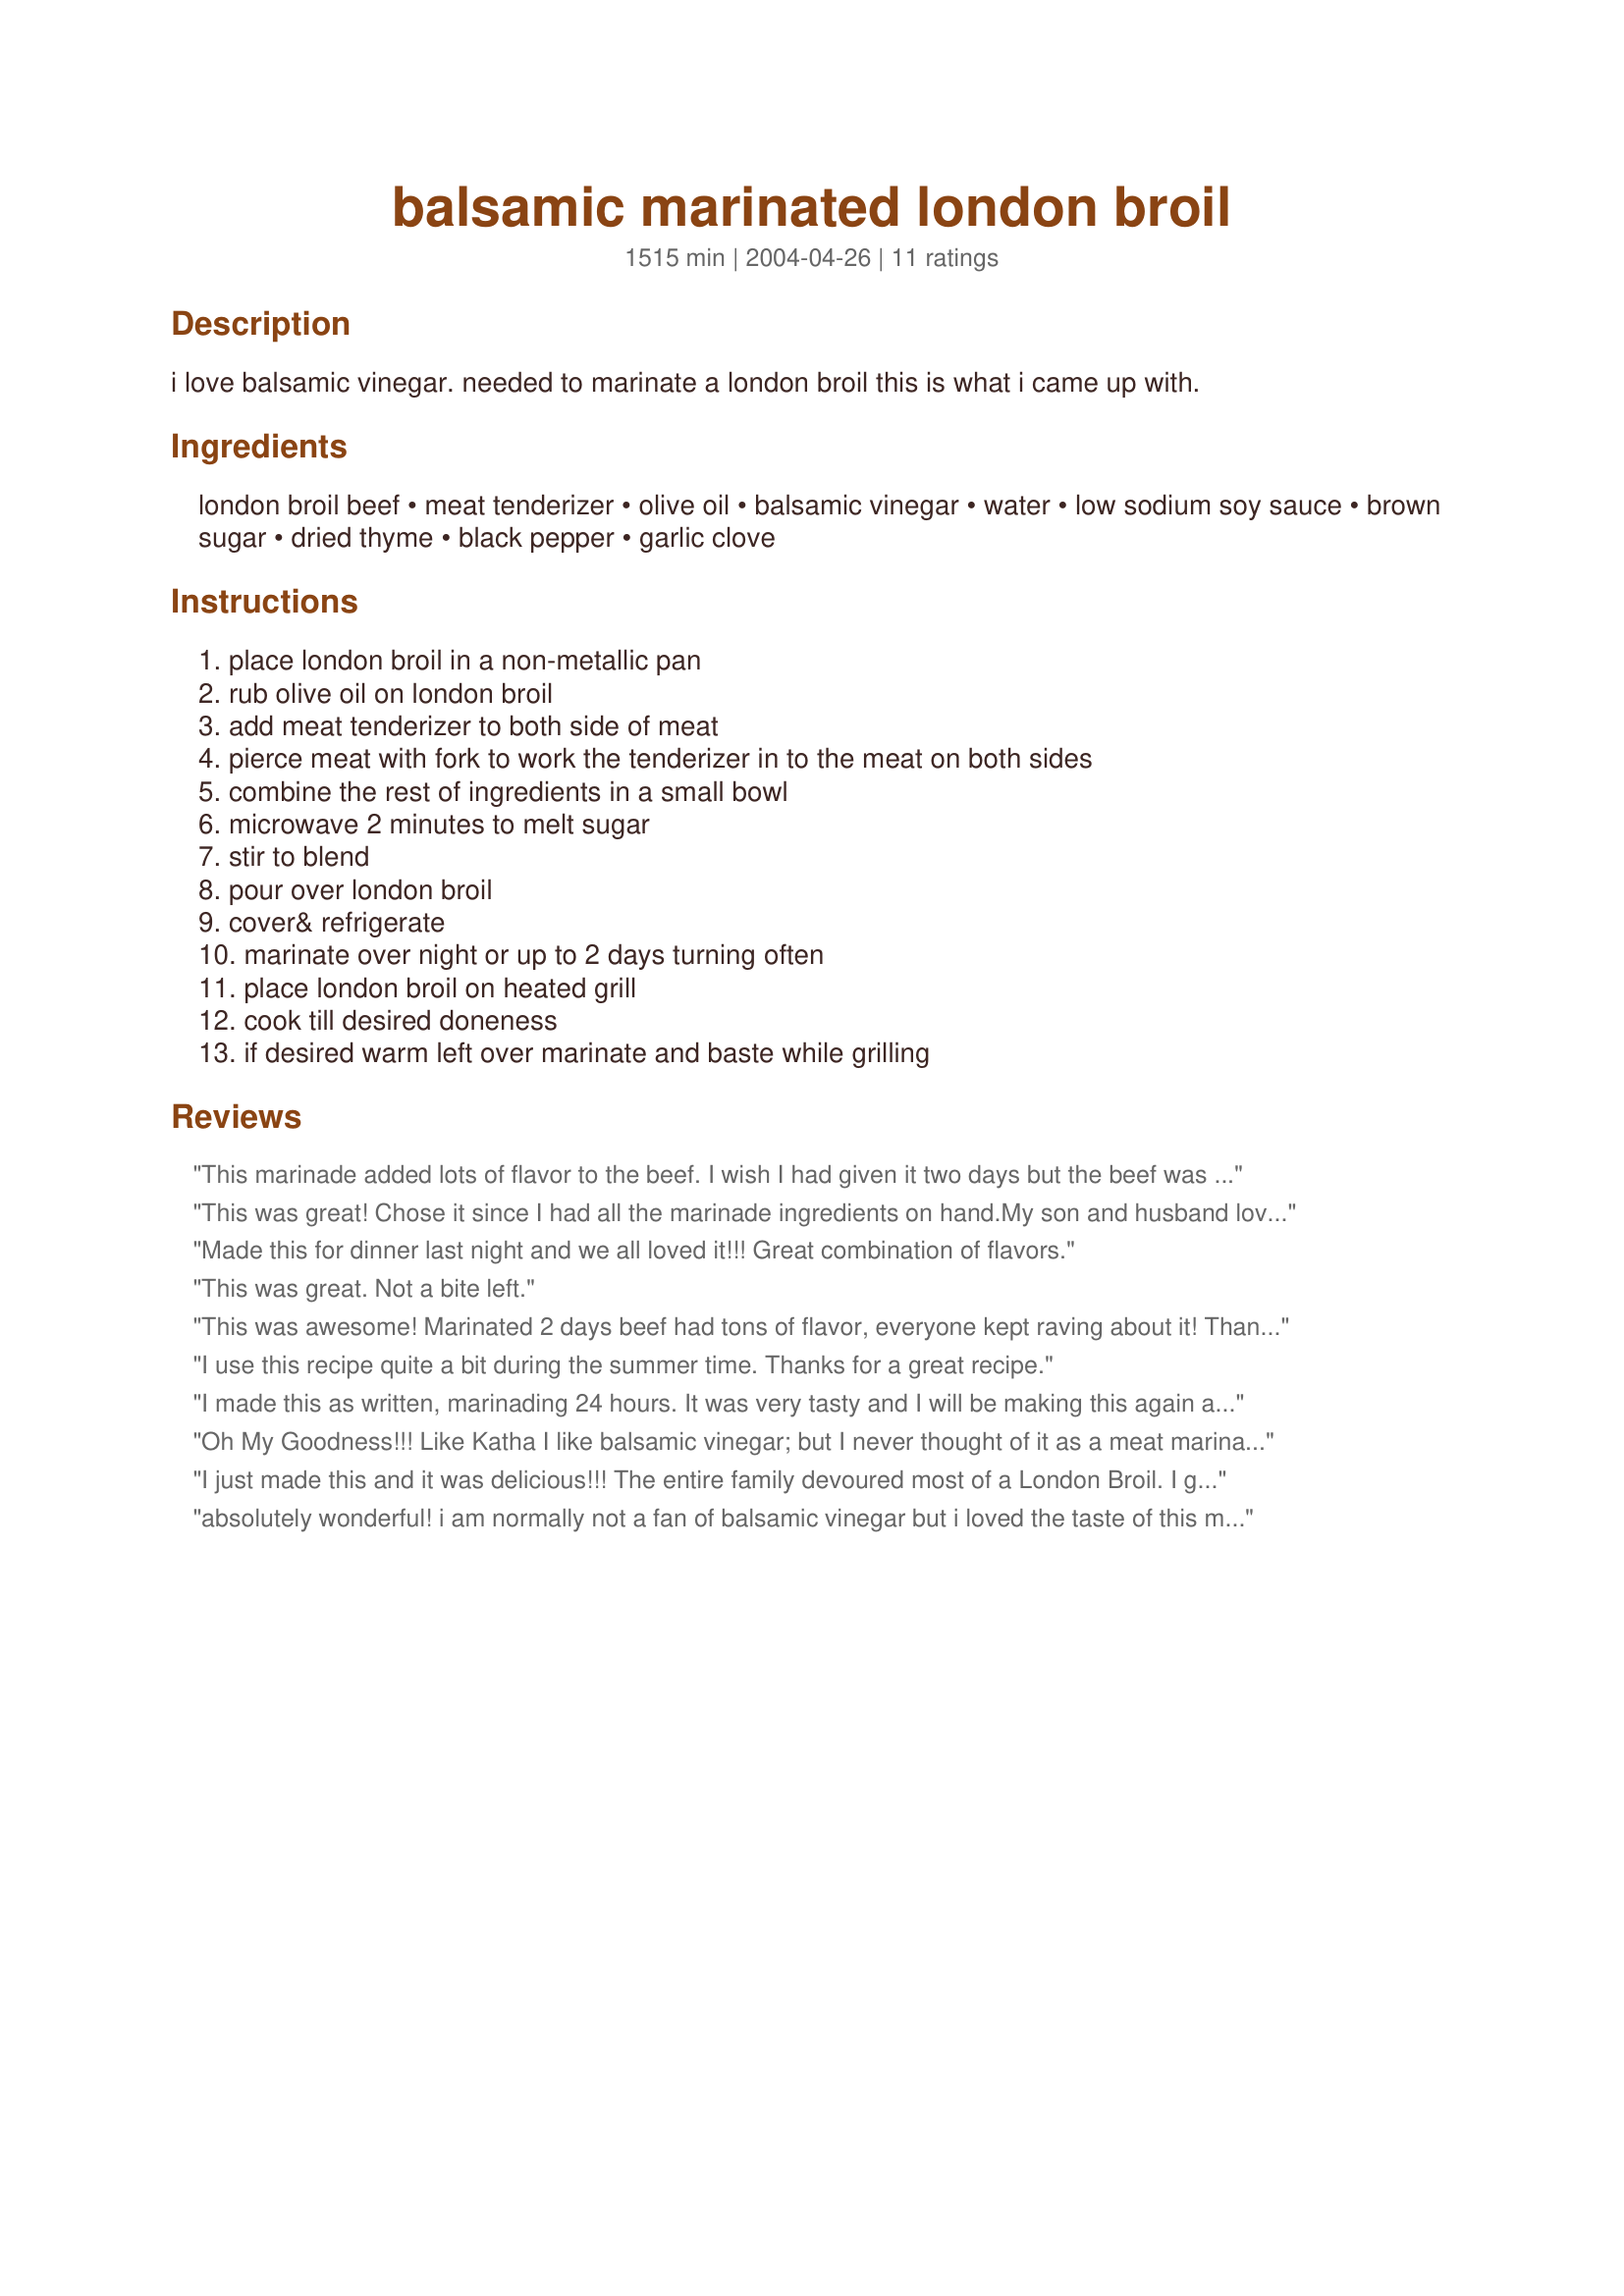
balsamic marinated london broil
Preparation time: 1515 minutes

i love balsamic vinegar. needed to marinate a london broil this is what i came up with.

Ingredients:
london broil beef, meat tenderizer, olive oil, balsamic vinegar, water, low sodium soy sauce, brown sugar, dried thyme, black pepper, garlic clove

Steps:
place london broil in a non-metallic pan, rub olive oil on london broil, add meat tenderizer to both side of meat, pierce meat with fork to work the tenderizer in to the meat on both sides, combine the rest of ingredients in a small bowl, microwave 2 minutes to melt sugar, stir to blend, pour over london broil, cover& refrigerate, marinate over night or up to 2 days turning often, place london broil on heated grill, cook till desired doneness, if desired warm left over marinate and baste while grilling

Reviews:
This marinade added lots of flavor to the beef. I wish I had given it two days but the beef was so tasty that it was fine. I will be using this recipe again! I grilled about 10 minutes per side and was very pleased with the results.
This was great! Chose it since I had all the marinade ingredients on hand.My son and husband loved it. Leftovers also make a delicious sandwich. Didn't change a thing.
Made this for dinner last night and we all loved it!!! Great combination of flavors.
This was great. Not a bite left.
This was awesome! Marinated 2 days beef had tons of flavor, everyone kept raving about it! Thanks for sharing. This is a keeper!
I use this recipe quite a bit during the summer time. Thanks for a great recipe.
I made this as written, marinading 24 hours. It was very tasty and I will be making this again and again.
Oh My Goodness!!! Like Katha I like balsamic vinegar; but I never thought of it as a meat marinade. I couldn't grill the day I wanted, so I tossed it into a toaster oven and it turned great - the left overs the next day made a tasty addition to a big green salad for lunch for a gang!
I just made this and it was delicious!!! The entire family devoured most of a London Broil. I grilled it which lent it a nice flavor with the marinade. Thanks for sharing this fantastic recipe.
absolutely wonderful! i am normally not a fan of balsamic vinegar but i loved the taste of this marinade! the only thing i skipped was the meat tenderizer since i didn't have any on hand at the time but it still turned out wonderful, i will be sure to try it with the tenderizer next time to see if there is much of a difference ^_^ thanks for posting!
This was a delightful marinde for steak. I also added some thick slices of vidalia onion on skewers and let them soak for an hour. They too were wonderful. Made a half batch which was plenty for my 1.5 pound steak and veggies.
